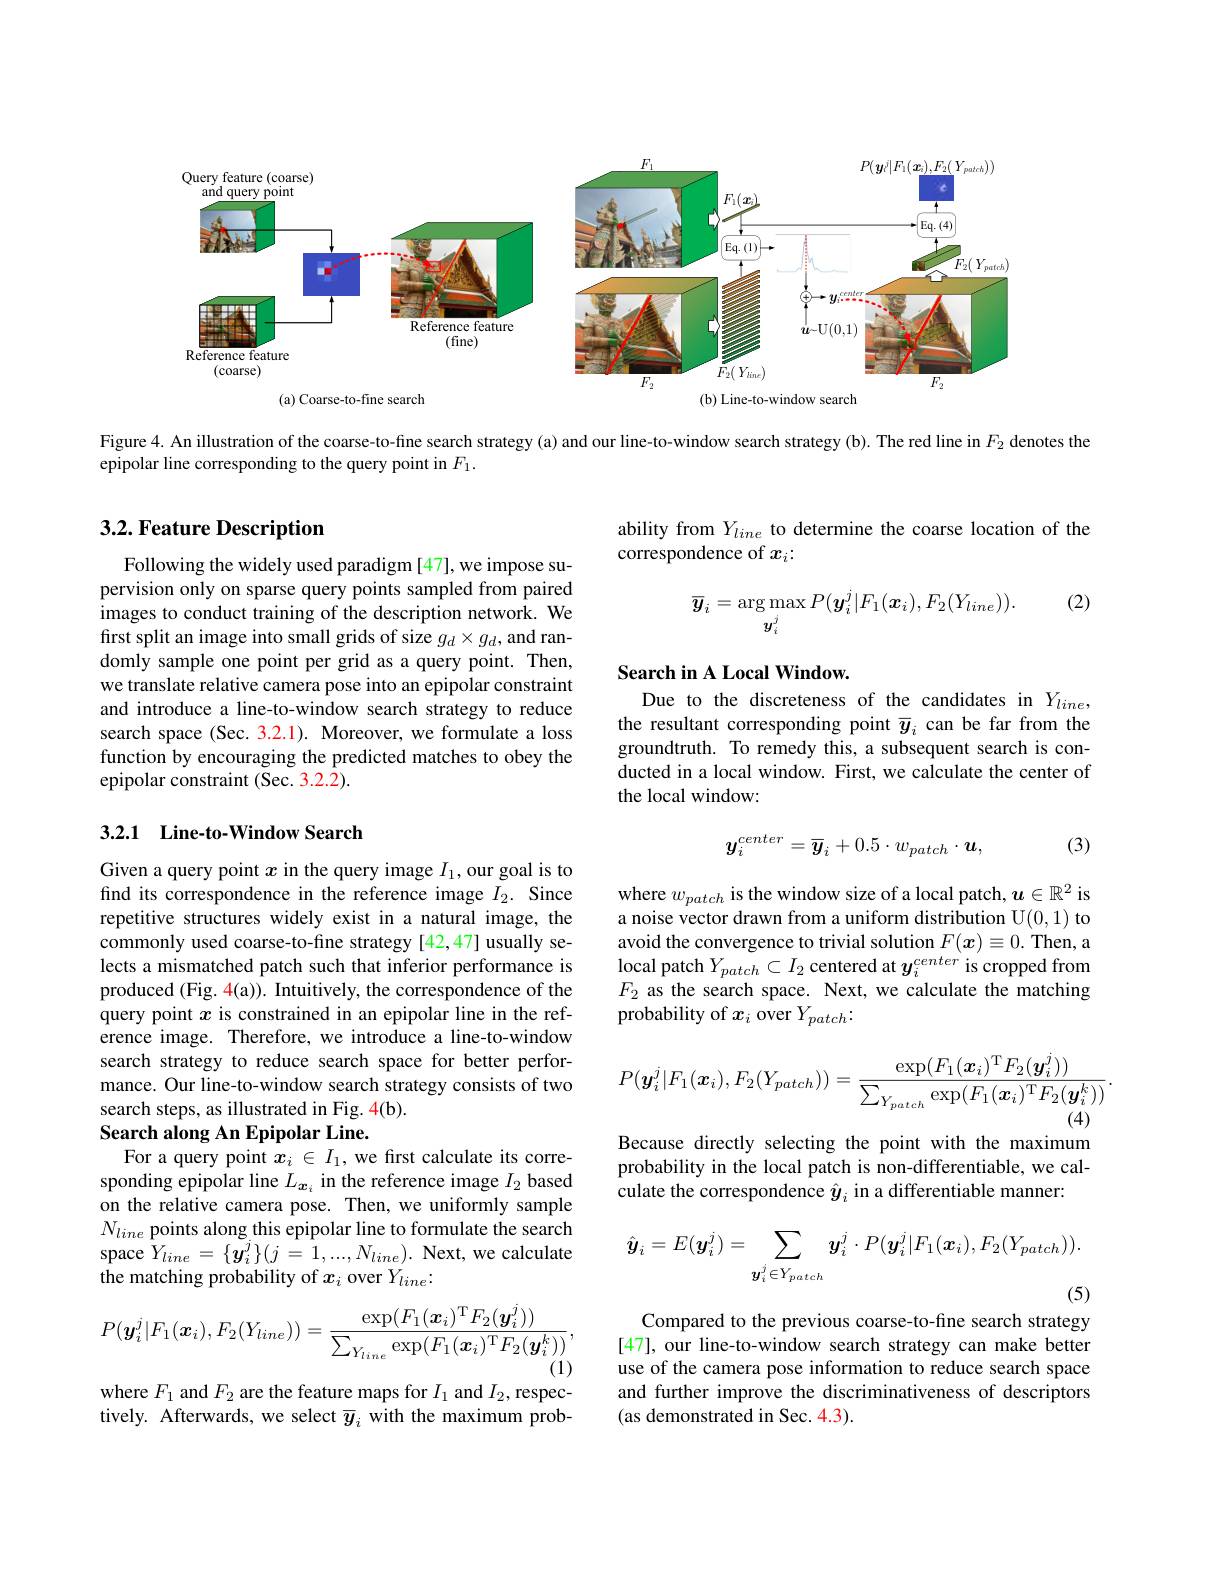
<FigureHere>

(a) Coarse-to-fine search
(b) Line-to-window search

Figure 4. An illustration of the coarse-to-fine search strategy(a) and our line-to-window search strategy(b). The red line in $F_{2}$ denotes the
epipolar line corresponding to the query point in $F_1.$

## 3.2. Feature Description

ability from $Y_{line}$ to determine the coarse location of the
correspondence of $x_i:$

(2)
$$\overline{\boldsymbol{y}}_{i}=\arg\max_{\boldsymbol{y}_{i}^{j}}P(\boldsymbol{y}_{i}^{j}|F_{1}(\boldsymbol{x}_{i}),F_{2}(Y_{line})).$$
Following the widely used paradigm [47], we impose supervision only on sparse query points sampled from paired $\hat{\text{images to conduct training of the description network. We}}$ first split an image into small grids of size $g_d\times g_d$,and randomly sample one point per grid as a query point. Then, we translate relative camera pose into an epipolar constraint and introduce a line-to-window search strategy to reduce search space (Sec. 3.2.1). Moreover, we formulate a loss function by encouraging the predicted matches to obey the epipolar constraint (Sec. 3.2.2).

## Search in A Local Window. Due to the discreteness of the candidates in $Y_{line}$,

the resultant corresponding point $\overline{y}_i$ can be far from the groundtruth. To remedy this, a subsequent search is conducted in a local window. First, we calculate the center of the local window:

## 3.2.1 Line-to-Window Search

(3)
$$y_i^{center}=\overline{y}_i+0.5\cdot w_{patch}\cdot\boldsymbol{u},$$
where $w_{patch}$ is the window size of a local patch, $\boldsymbol u\in\mathbb{R}^2$ is a noise vector drawn from a uniform distribution U(0,1) to avoid the convergence to trivial solution $F(x)\equiv0.$ Then, a local patch $Y_{patch}\subset I_{2}$ centered at $y_i^{center}$ is cropped from $F_2$ as the search space. Next, we calculate the matching probability of $x_i$ over $Y_patch:$

Given a query point $x$ in the query image $I_1$, our goal is to find its correspondence in the reference image $I_2.$ Since repetitive structures widely exist in a natural image, the commonly used coarse-to-fine strategy [42,47] usually selects a mismatched patch such that inferior performance is produced (Fig. 4(a)). Intuitively, the correspondence of the query point $x$ is constrained in an epipolar line in the reference image. Therefore, we introduce a line-to-window search strategy to reduce search space for better performance. Our line-to-window search strategy consists of two search steps, as illustrated in Fig. 4(b).
$$P(\boldsymbol{y}_i^j|F_1(\boldsymbol{x}_i),F_2(Y_{patch}))=\frac{\exp(F_1(\boldsymbol{x}_i)^\mathrm{T}F_2(\boldsymbol{y}_i^j))}{\sum_{Y_{patch}}\exp(F_1(\boldsymbol{x}_i)^\mathrm{T}F_2(\boldsymbol{y}_i^k))}.$$
(4)

Because directly selecting the point with the maximum

### Search along An Epipolar Line.
For a query point $x_i\in I_1$, we first calculate its corre-

probability in the local patch is non-differentiable, we cal-
culate the correspondence $\hat{y}_i$ in a differentiable manner:

sponding epipolar line $L_{\boldsymbol{x}_i}$ in the reference image $I_2$ based on the relative camera pose. Then, we uniformly sample $N_{line}$ points along this epipolar line to formulate the search space $Y_{line}= \{ \tilde{\boldsymbol{y}} _{i}^{j}\} ( j\overset {- }{\operatorname* { 1} }, . . . , N_{line}) .$ Next, we calculate the matching probability of $x_i$ over $Y_line:$
$$\hat{\boldsymbol{y}}_{i}=E(\boldsymbol{y}_{i}^{j})=\sum_{\boldsymbol{y}_{i}^{j}\in Y_{patch}}\boldsymbol{y}_{i}^{j}\cdot P(\boldsymbol{y}_{i}^{j}|F_{1}(\boldsymbol{x}_{i}),F_{2}(Y_{patch})).$$
Compared to the previous coarse-to-fine search strategy
$$P(\boldsymbol{y}_i^j|F_1(\boldsymbol{x}_i),F_2(Y_{line}))=\frac{\exp(F_1(\boldsymbol{x}_i)^\mathrm{T}F_2(\boldsymbol{y}_i^j))}{\sum_{Y_{line}}\exp(F_1(\boldsymbol{x}_i)^\mathrm{T}F_2(\boldsymbol{y}_i^k))},$$
(1)

where $F_1$ and $F_2$ are the feature maps for $I_1$ and $I_2$,respec-

[47], our line-to-window search strategy can make better use of the camera pose information to reduce search space and further improve the discriminativeness of descriptors (as demonstrated in Sec. 4.3).

tively. Afterwards, we select $\overline{y}_i$ with the maximum prob-